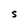
Character: S